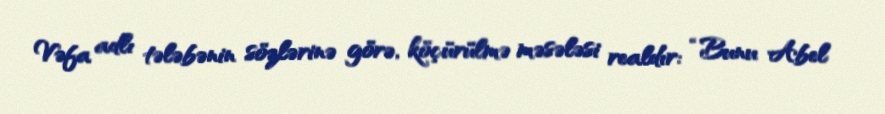
Vəfa adlı tələbənin sözlərinə görə, köçürülmə məsələsi realdır: “Bunu Abel